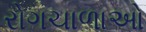
રોગચાળાઓ